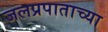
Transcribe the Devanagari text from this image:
जलप्रपाताच्या